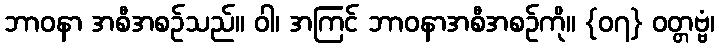
ဘာဝနာ အစီအစဉ်သည်။ ဝါ၊ အကြင် ဘာဝနာအစီအစဉ်ကို။ {၀၇} ဝတ္တဗ္ဗံ၊